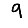
Digit: 9